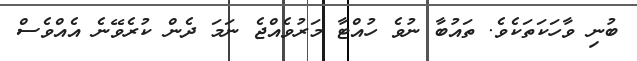
ބުނި ވާހަކަތަކެވެ. ތައުބާ ނުވެ ހުއްޓާ މަރުވެއްޖެ ނަމަ ދެން ކުރެވޭނެ އެއްވެސް